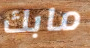
مابك